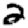
Digit: 2